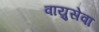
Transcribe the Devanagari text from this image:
वाय़ुसेवा